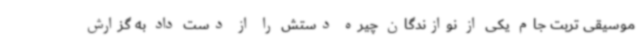
موسیقی تربت جام یکی از نوازندگان چیره دستش را از دست داد به گزارش